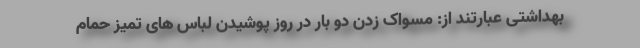
بهداشتی عبارتند از: مسواک زدن دو بار در روز پوشیدن لباس های تمیز حمام